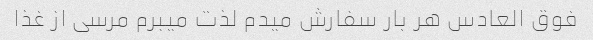
فوق العادس هر بار سفارش میدم لذت میبرم مرسی از غذا